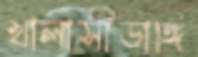
খালাসীডাঙ্গি